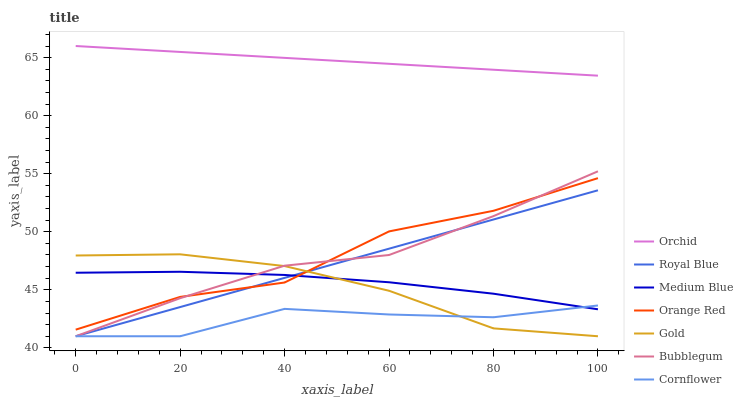
| xaxis_label | Orchid | Royal Blue | Medium Blue | Orange Red | Gold | Bubblegum | Cornflower |
 | --- | --- | --- | --- | --- | --- | --- | --- |
 | 0 | 66 | 41 | 46.5 | 41.6 | 48 | 41 | 41 |
 | 20 | 65.5 | 43.5 | 46.6 | 44.4 | 48.1 | 44.3 | 41 |
 | 40 | 65 | 46 | 46.3 | 45.6 | 47 | 47.1 | 43.4 |
 | 60 | 64.5 | 48.5 | 45.7 | 50 | 44.9 | 48 | 42.9 |
 | 80 | 64 | 51.1 | 44.7 | 51.8 | 41.7 | 51.3 | 42.6 |
 | 100 | 63.4 | 53.6 | 43.3 | 54.6 | 41 | 55.2 | 43.7 |